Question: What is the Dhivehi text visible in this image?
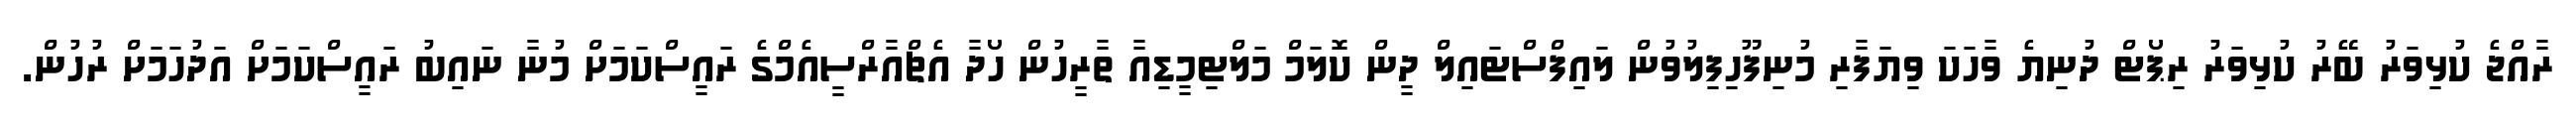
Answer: ރާއްޖެ ކުޅިވަރު ބޭރު ކުޅިވަރު ރިޕޯޓް ދުނިޔެ ވާހަކަ ވިޔަފާރި މުނިފޫހިފިލުވުން ލައިފްސްޓައިލް ދީން ކޮލަމް މަލްޓިމީޑިއާ ތާރީހުން ހޯދާ އެޗްއާރްސީއެމްގެ ރައީސްކަމަށް މުނާ ނައިބު ރައީސްކަމަށް އަދުހަމަށް ރުހުން.